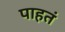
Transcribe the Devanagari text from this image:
पाहतं